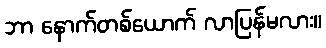
ဘာ နောက်တစ်ယောက် လာပြန်မလား။